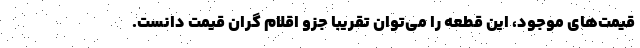
قیمت‌های موجود، این قطعه را می‌توان تقریبا جزو اقلام گران قیمت دانست.